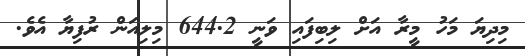
މިިދިޔަ މަހު މީރާ އަށް ލިބިފައި ވަނީ 644.2 މިލިއަން ރުފިޔާ އެވެ.